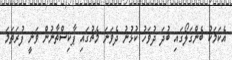
އެކަމަކު ބެންގަލޯގައި ބުދަ ދުވަހު ކުޅުނު ދެވަނަ މެޗުގައި ޕާކިސްތާނުން ވަނީ ފުރަތަމަ